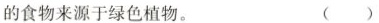
的食物来源于绿色植物。 ( )